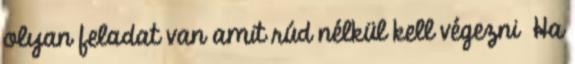
olyan feladat van amit rúd nélkül kell végezni Ha